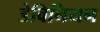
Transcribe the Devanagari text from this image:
डेविनियन